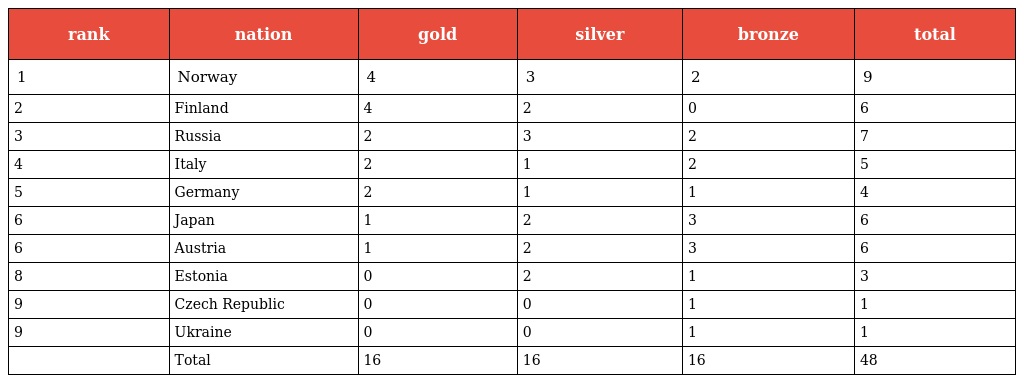
| rank | nation | gold | silver | bronze | total |
 | --- | --- | --- | --- | --- | --- |
 | 1 | Norway | 4 | 3 | 2 | 9 |
 | 2 | Finland | 4 | 2 | 0 | 6 |
 | 3 | Russia | 2 | 3 | 2 | 7 |
 | 4 | Italy | 2 | 1 | 2 | 5 |
 | 5 | Germany | 2 | 1 | 1 | 4 |
 | 6 | Japan | 1 | 2 | 3 | 6 |
 | 6 | Austria | 1 | 2 | 3 | 6 |
 | 8 | Estonia | 0 | 2 | 1 | 3 |
 | 9 | Czech Republic | 0 | 0 | 1 | 1 |
 | 9 | Ukraine | 0 | 0 | 1 | 1 |
 |  | Total | 16 | 16 | 16 | 48 |